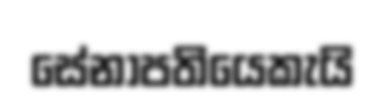
සේනාපතියෙකැයි